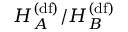
H _ { A } ^ { ( \mathrm { d f } ) } / H _ { B } ^ { ( \mathrm { d f } ) }